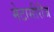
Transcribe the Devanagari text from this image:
मेटासीरीज